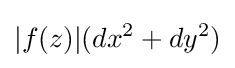
|f(z)|(dx^{2}+dy^{2})